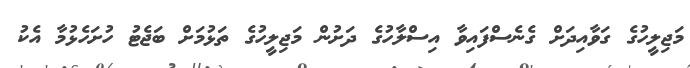
މަޖިލީހުގެ ގަވާއިދަށް ގެނެސްފައިވާ އިސްލާހުގެ ދަށުން މަޖިލީހުގެ ތަޅުމަށް ބަޖެޓު ހުށަހެޅުމާ އެކު